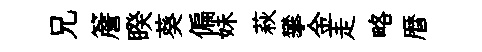
兄簷睽葵偏妹萩攀金走略暦